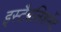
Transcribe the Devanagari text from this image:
इस्‍टैबलिशमेंट